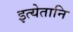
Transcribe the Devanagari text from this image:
इत्येतानि